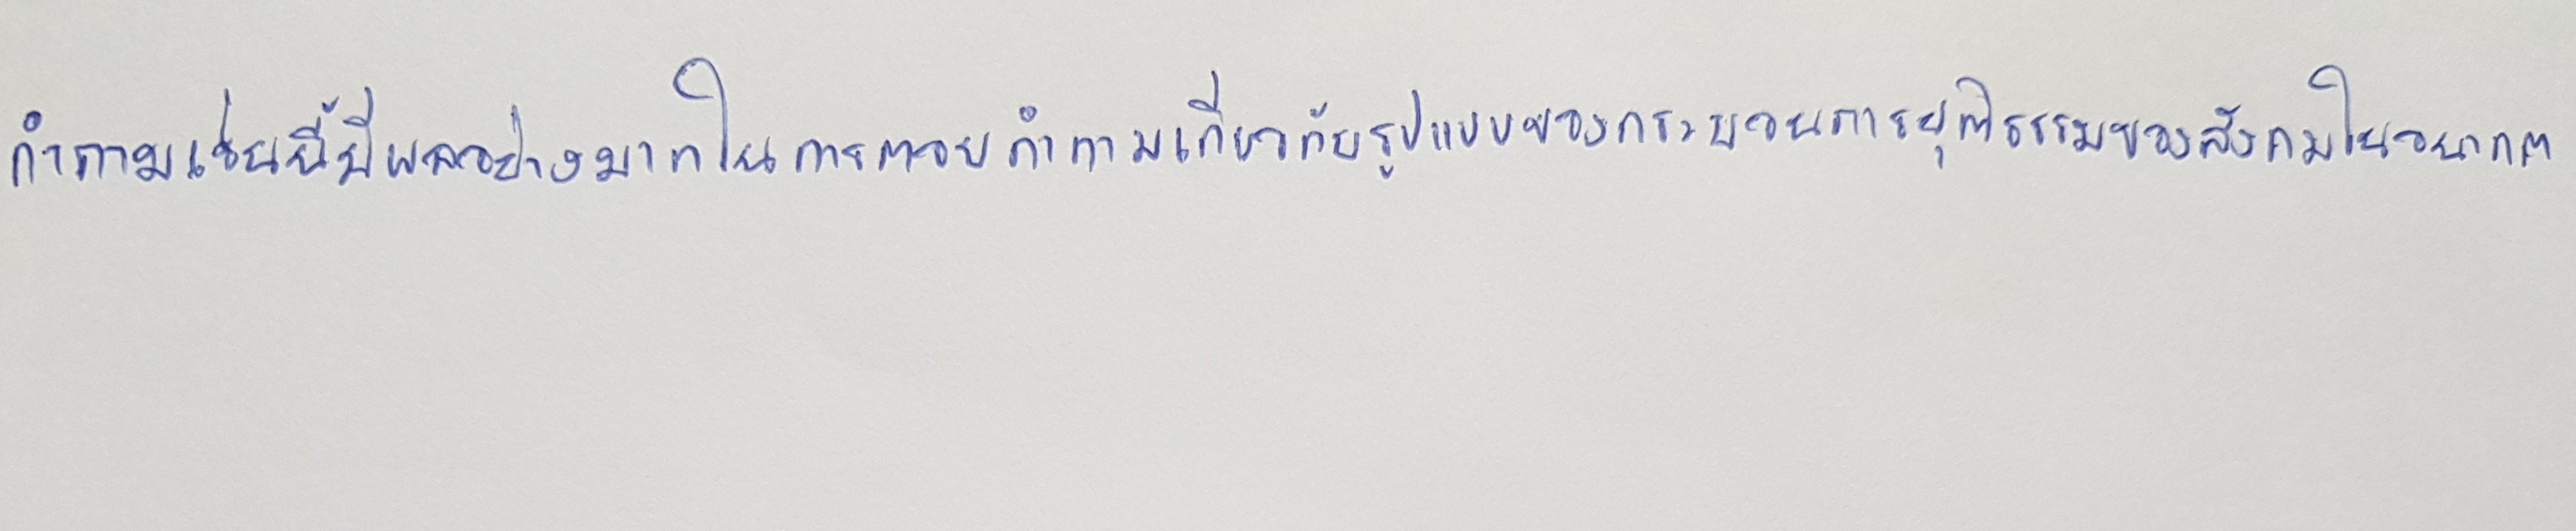
คำถามเช่นนี้มีผลอย่างมากในการตอบคำถามเกี่ยวกับรูปแบบของกระบวนการยุติธรรมของสังคมในอนาคต